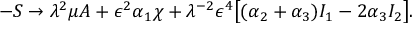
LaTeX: - S \to \lambda ^ { 2 } \mu A + \epsilon ^ { 2 } \alpha _ { 1 } \chi + \lambda ^ { - 2 } \epsilon ^ { 4 } \big [ ( \alpha _ { 2 } + \alpha _ { 3 } ) I _ { 1 } - 2 \alpha _ { 3 } I _ { 2 } \big ] .